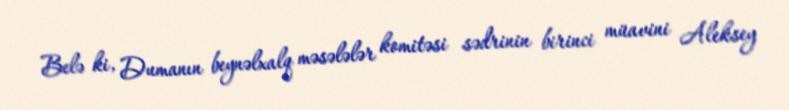
Belə ki, Dumanın beynəlxalq məsələlər komitəsi sədrinin birinci müavini Aleksey